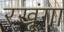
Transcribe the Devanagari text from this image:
रखूंगा